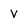
Character: V